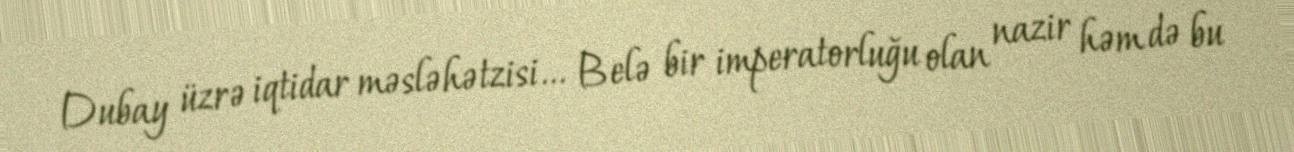
Dubay üzrə iqtidar məsləhətzisi... Belə bir imperatorluğu olan nazir həm də bu